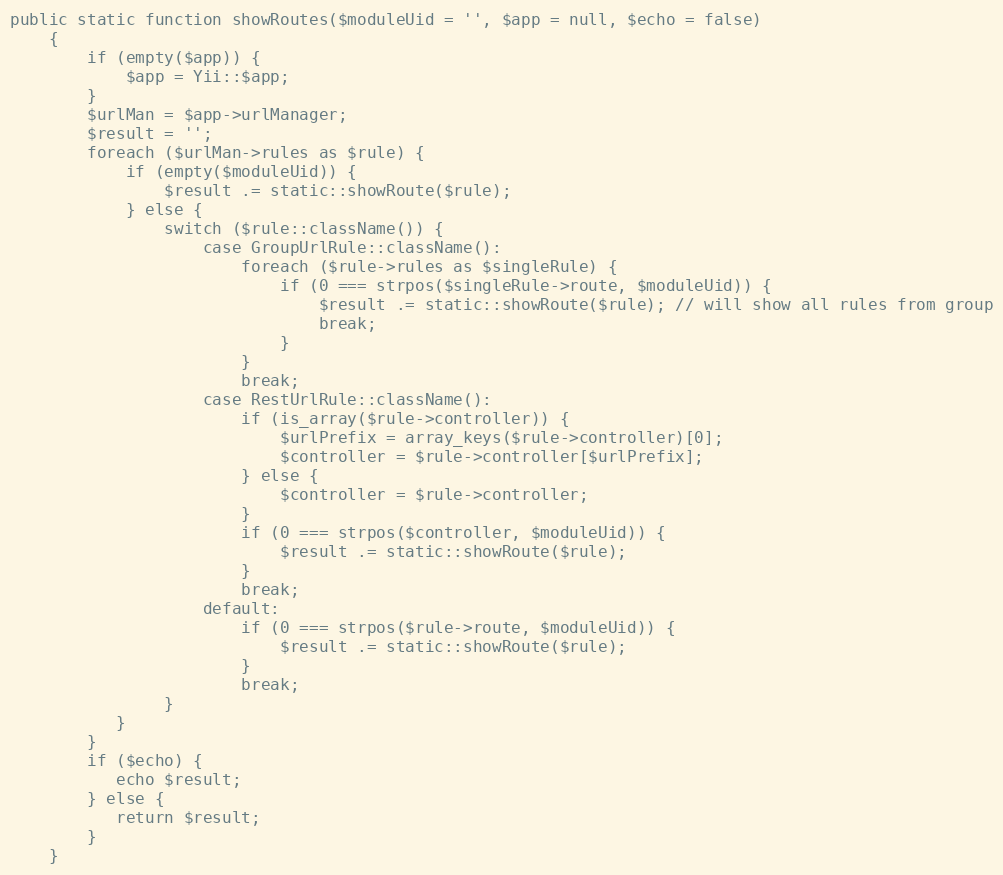
Language: PHP
public static function showRoutes($moduleUid = '', $app = null, $echo = false)
    {
        if (empty($app)) {
            $app = Yii::$app;
        }
        $urlMan = $app->urlManager;
        $result = '';
        foreach ($urlMan->rules as $rule) {
            if (empty($moduleUid)) {
                $result .= static::showRoute($rule);
            } else {
                switch ($rule::className()) {
                    case GroupUrlRule::className():
                        foreach ($rule->rules as $singleRule) {
                            if (0 === strpos($singleRule->route, $moduleUid)) {
                                $result .= static::showRoute($rule); // will show all rules from group
                                break;
                            }
                        }
                        break;
                    case RestUrlRule::className():
                        if (is_array($rule->controller)) {
                            $urlPrefix = array_keys($rule->controller)[0];
                            $controller = $rule->controller[$urlPrefix];
                        } else {
                            $controller = $rule->controller;
                        }
                        if (0 === strpos($controller, $moduleUid)) {
                            $result .= static::showRoute($rule);
                        }
                        break;
                    default:
                        if (0 === strpos($rule->route, $moduleUid)) {
                            $result .= static::showRoute($rule);
                        }
                        break;
                }
           }
        }
        if ($echo) {
           echo $result;
        } else {
           return $result;
        }
    }